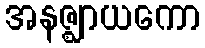
အနဇ္ဈာယကော